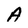
Character: A